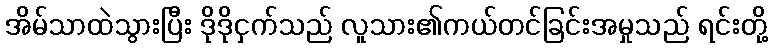
အိမ်သာထဲသွားပြီး ဒိုဒိုငှက်သည် လူသား၏ကယ်တင်ခြင်းအမှုသည် ရင်းတို့